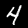
Label: 4